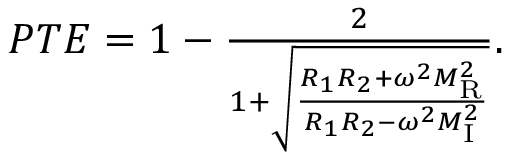
\begin{array} { r } { P T E = 1 - \frac { 2 } { 1 + \sqrt { \frac { R _ { 1 } R _ { 2 } + \omega ^ { 2 } M _ { \mathrm { R } } ^ { 2 } } { R _ { 1 } R _ { 2 } - \omega ^ { 2 } M _ { \mathrm { I } } ^ { 2 } } } } . } \end{array}